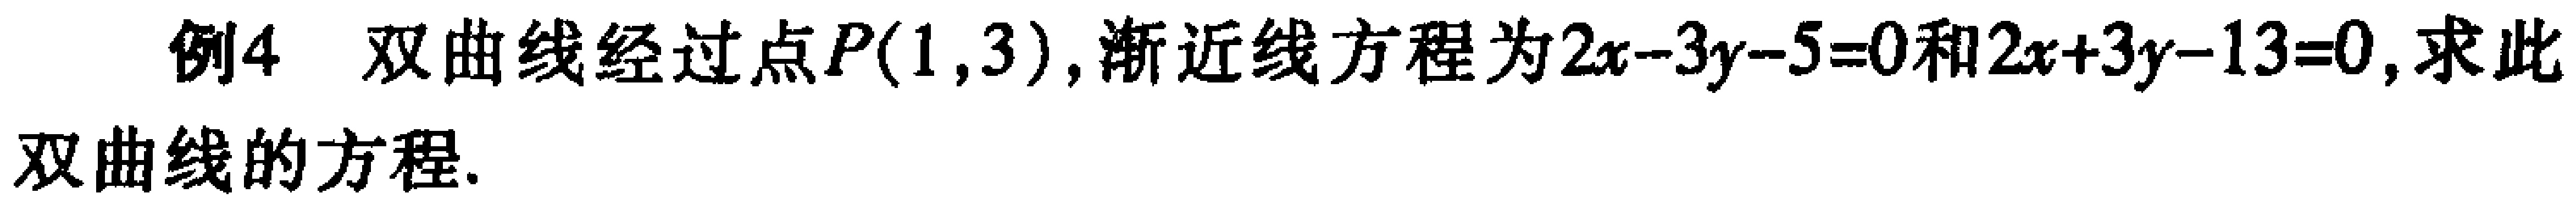
例4 双曲线经过点\(P(1,3)\),渐近线方程为\(2x - 3y - 5 = 0\)和\(2x + 3y - 13 = 0\),求此
双曲线的方程.